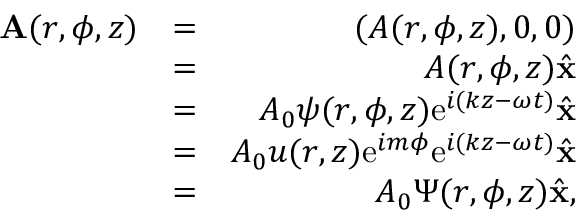
\begin{array} { r l r } { { \bf A } ( r , \phi , z ) } & { = } & { ( A ( r , \phi , z ) , 0 , 0 ) } \\ & { = } & { A ( r , \phi , z ) \hat { \bf x } } \\ & { = } & { A _ { 0 } \psi ( r , \phi , z ) \mathrm { e } ^ { i ( k z - \omega t ) } \hat { \bf x } } \\ & { = } & { A _ { 0 } u ( r , z ) \mathrm { e } ^ { i m \phi } \mathrm { e } ^ { i ( k z - \omega t ) } \hat { \bf x } } \\ & { = } & { A _ { 0 } \Psi ( r , \phi , z ) \hat { \bf x } , } \end{array}